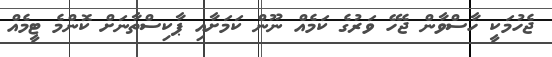
ޖެހުމަކީ ހާސްވާން ޖެހޭ ވަރުގެ ކަމެއް ނޫން ކަމަށާއި ޕާކިސްތާނަށް ކޮންމެ ޓީމެއް